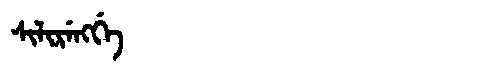
Manchu: ᠰᡳᠯᡳᡵᡝᠩᡤᡝ
Romanization: SILIRENGGE